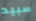
سبيد